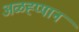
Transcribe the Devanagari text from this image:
अळह्प्पान